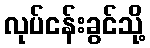
လုပ်ငန်းခွင်သို့